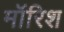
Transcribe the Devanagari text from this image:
मॉरिश